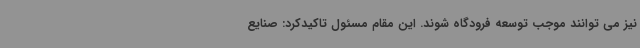
نیز می توانند موجب توسعه فرودگاه شوند. این مقام مسئول تاکیدکرد: صنایع